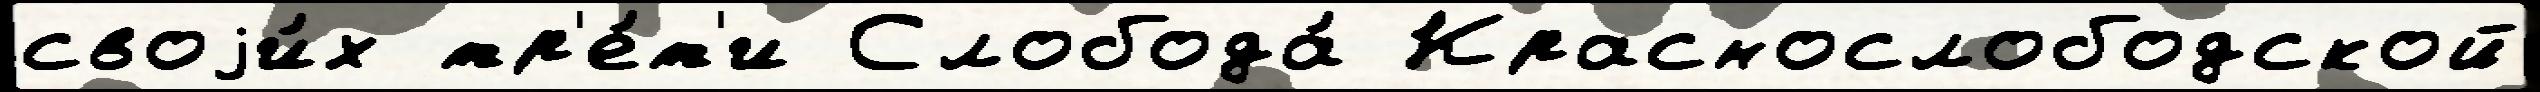
своjи́х тр'е́т'и Слобода́ Краснослободской